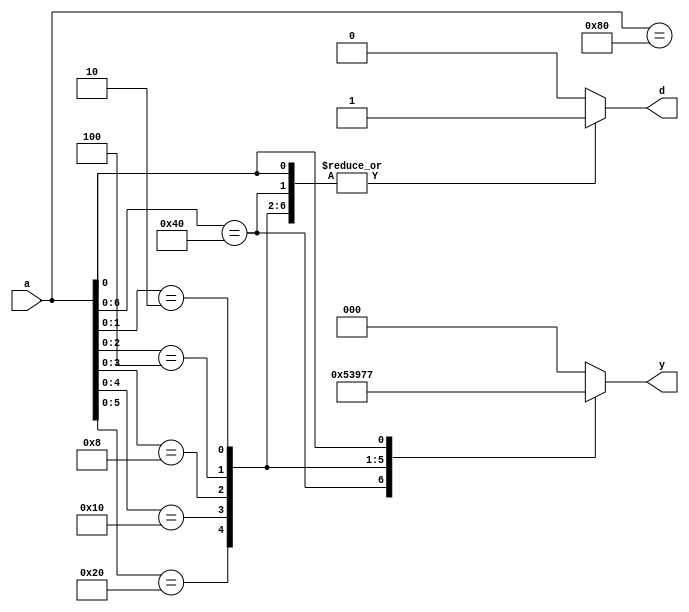
`timescale 1ns / 1ps

module PEncoder(
    input [7:0]  a,
    output reg [2:0] y,
    output reg d
    );

always@(*) begin

casex(a)
8'b10000000: 
begin
d = 1;
y = 0;
end
8'bx1000000: 
begin
d = 1;
y = 1;
end
8'bxx100000: 
begin
d = 1;
y = 2;
end
8'bxxx10000: 
begin
d = 1;
y = 3;
end
8'bxxxx1000: 
begin
d = 1;
y = 4;
end
8'bxxxxx100: 
begin
d = 1;
y = 5;
end
8'bxxxxxx10: 
begin
d = 1;
y = 6;
end
8'bxxxxxxx1: 
begin
d = 1;
y = 7;
end
default: 
begin
d = 0;
y =0;
end
endcase

end

endmodule